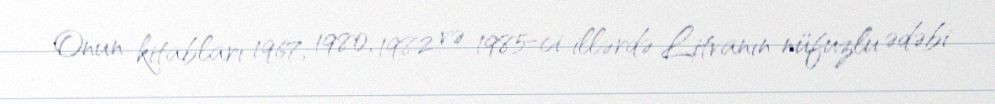
Onun kitabları 1967, 1980, 1982 və 1985-ci illərdə Litvanın nüfuzlu ədəbi